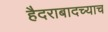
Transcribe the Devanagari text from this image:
हैदराबादच्याच